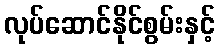
လုပ်ဆောင်နိုင်စွမ်းနှင့်